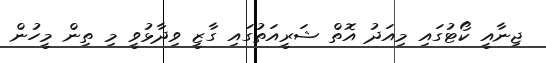
ޖިނާއީ ކޯޓުގައި މިއަދު އޮތް ޝަރީއަތުގައި ގާޒީ ވިދާޅުވީ މި ތިން މީހުން